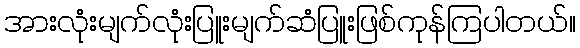
အားလုံးမျက်လုံးပြူးမျက်ဆံပြူးဖြစ်ကုန်ကြပါတယ်။